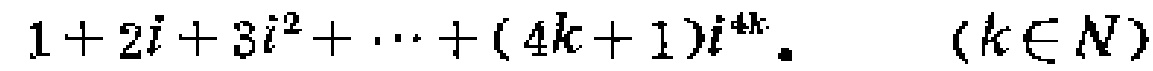
\(1 + 2i + 3i^{2}+\cdots+(4k + 1)i^{4k}\)。 \((k\in N)\)